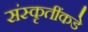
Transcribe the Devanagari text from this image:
संस्कृतींकडे